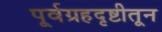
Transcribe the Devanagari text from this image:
पूर्वग्रहदृष्टीतून